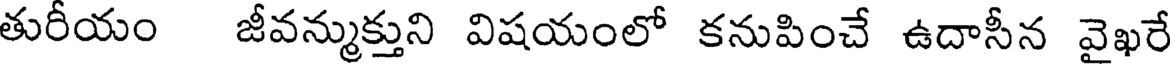
తురీయం జీవన్ముక్తుని విషయంలో కనుపించే ఉదాసీన వైఖరే